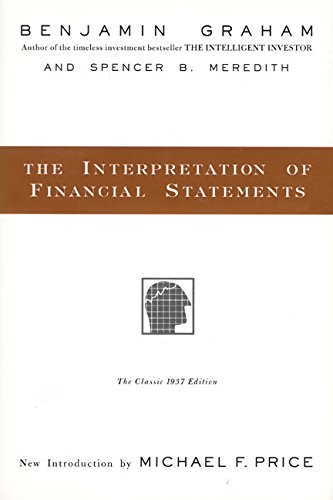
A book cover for The Interpretation of Financial Statements; Benjamin Graham; Business & Money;